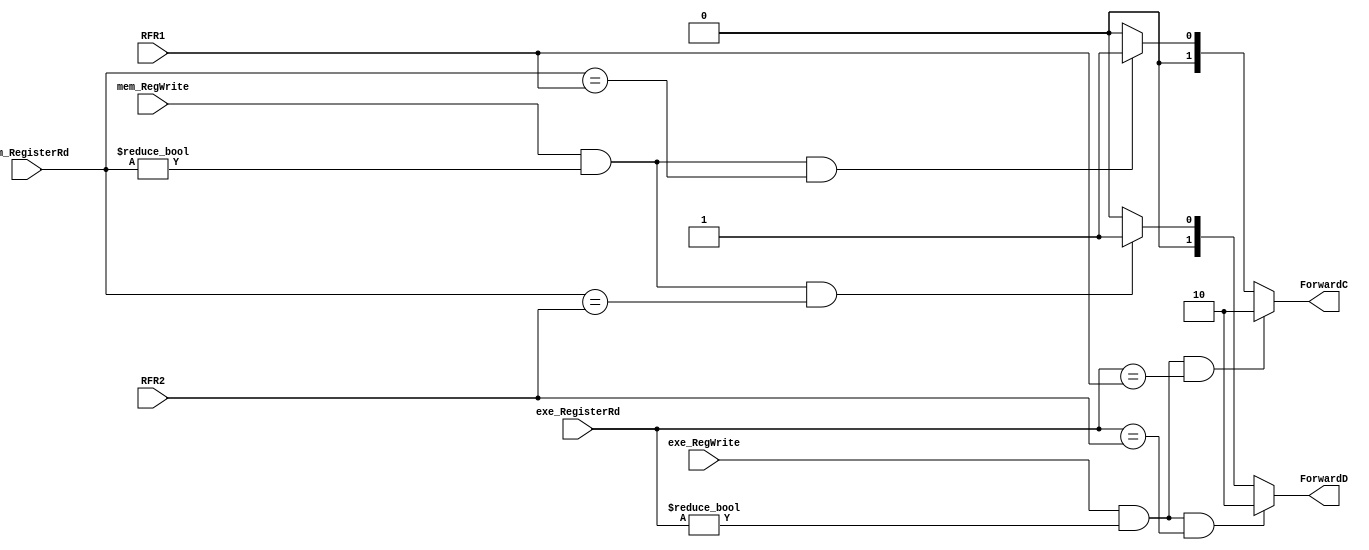
//ID
module IDForwardUnit(exe_RegWrite,mem_RegWrite,exe_RegisterRd,mem_RegisterRd,RFR1,RFR2,ForwardC,ForwardD);

    input exe_RegWrite;
    input mem_RegWrite;
    input[4:0] exe_RegisterRd;
    input[4:0] mem_RegisterRd;
    input[4:0] RFR1;
    input[4:0] RFR2;
    output reg[1:0] ForwardC;
    output reg[1:0] ForwardD;

    always@(*)
    begin
        
        if(exe_RegWrite&&exe_RegisterRd!=0&&exe_RegisterRd==RFR1)
            ForwardC=2'b10;
        else if(mem_RegWrite&&mem_RegisterRd!=0&&mem_RegisterRd==RFR1)
            ForwardC=2'b01;
        else
            ForwardC=2'b00;
        if(exe_RegWrite&&exe_RegisterRd!=0&&exe_RegisterRd==RFR2)
            ForwardD=2'b10;
        else if(mem_RegWrite&&mem_RegisterRd!=0&&mem_RegisterRd==RFR2)
            ForwardD=2'b01;
        else
            ForwardD=2'b00;
    end
endmodule